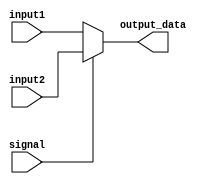
`timescale 1ns / 1ps
//////////////////////////////////////////////////////////////////////////////////
// Company: 
// Engineer: 
// 
// Design Name: 
// Module Name: Branch_selector
// Project Name: 
// Target Devices: 
// Tool Versions: 
// Description: 
// 
// Dependencies: 
// 
// Revision:
// Revision 0.01 - File Created
// Additional Comments:
// 
//////////////////////////////////////////////////////////////////////////////////


module Branch_selector(
    input[31:0] input1,
    input[31:0] input2,
    input signal,
    output reg[31:0] output_data
    );
    initial begin
        output_data = 0;
    end
    
    always @(input1 or input2 or signal) begin
        if(signal == 0) begin
            output_data = input1;
            $display("normal");
        end
        else begin
            output_data = input2;
            $display("branch");
        end
    end
endmodule